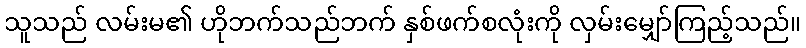
သူသည် လမ်းမ၏ ဟိုဘက်သည်ဘက် နှစ်ဖက်စလုံးကို လှမ်းမျှော်ကြည့်သည်။